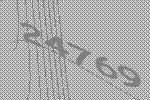
24769